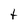
Character: t